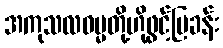
အကုသလဓမ္မတို့ဟိုဖွင့်ပြခန်း